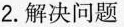
2. 解决问题。